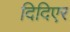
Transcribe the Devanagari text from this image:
दिदिएर